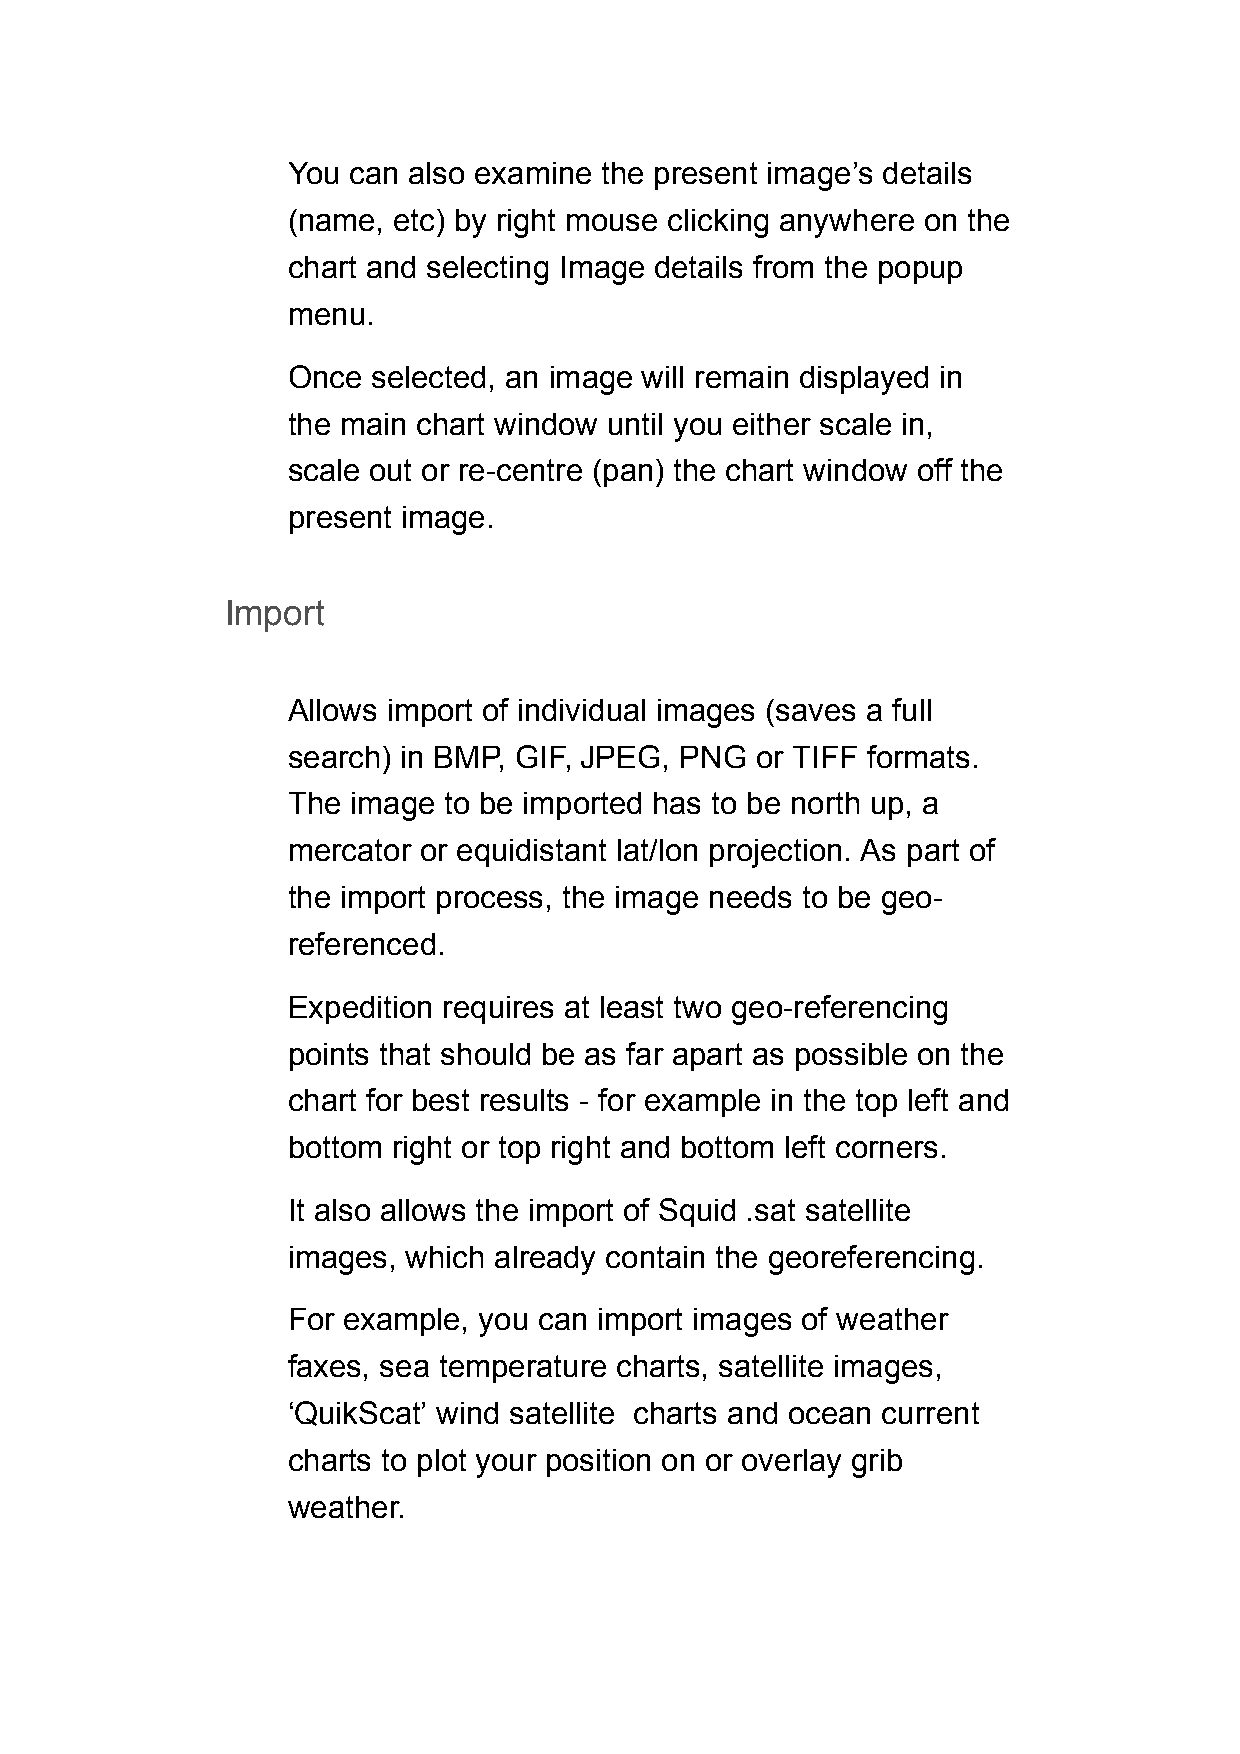
You can also examine the present image’s details
 (name, etc) by right mouse clicking anywhere on the
 chart and selecting Image details from the popup
 menu.
 Once  selected, an image will remain displayed in
 the main chart window until you either scale in,
 scale out or re-centre (pan) the chart window off the
 present image.
 Import
 Allows import of individual images (saves a full
 search) in BMP, GIF, JPEG, PNG or TIFF formats.
 The image to be imported has to be north up, a
 mercator or equidistant lat/lon projection. As part of
 the import process, the image needs to be geo-
 referenced.
 Expedition requires at least two geo-referencing
 points that should be as far apart as possible on the
 chart for best results - for example in the top left and
 bottom right or top right and bottom left corners.
 It also allows the import of Squid .sat satellite
 images, which already contain the georeferencing.
 For example, you can import images of weather
 faxes, sea temperature charts, satellite images,
 ‘QuikScat’ wind satellite charts and ocean current
 charts to plot your position on or overlay grib
 weather.